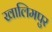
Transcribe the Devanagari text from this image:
खालिमपुर